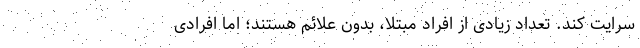
سرایت کند. تعداد زیادی از افراد مبتلا، بدون علائم هستند؛ اما افرادی